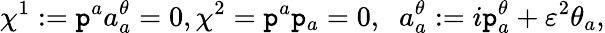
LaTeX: \chi^{1}:=\mathtt{p}^{a}a_{a}^{\theta}=0,\chi^{2}=\mathtt{p}^{a}\mathtt{p}_{a}=0,\; \; a_{a}^{\theta}:=i\mathtt{p}_{a}^{\theta}+\varepsilon^{2}\theta_{a},